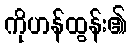
ကိုဟန်ထွန်း၏